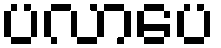
ပလာပေ